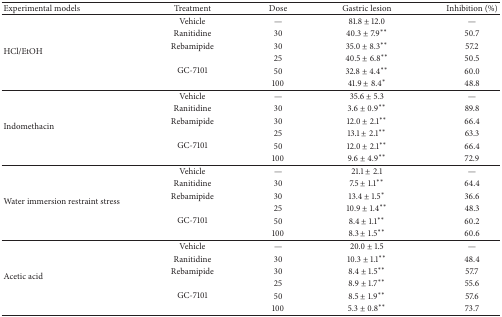
<table><thead><tr><td><b>Experimental models</b></td><td><b>Treatment</b></td><td><b>Dose</b></td><td><b>Gastric lesion</b></td><td><b>Inhibition (%)</b></td></tr></thead><tbody><tr><td rowspan="6">HCl/EtOH</td><td>Vehicle</td><td>—</td><td>81.8 ± 12.0</td><td>—</td></tr><tr><td>Ranitidine</td><td>30</td><td>40.3 ± 7.9<sup>**</sup></td><td>50.7</td></tr><tr><td>Rebamipide</td><td>30</td><td>35.0 ± 8.3<sup>**</sup></td><td>57.2</td></tr><tr><td rowspan="3">GC-7101</td><td>25</td><td>40.5 ± 6.8<sup>**</sup></td><td>50.5</td></tr><tr><td>50</td><td>32.8 ± 4.4<sup>**</sup></td><td>60.0</td></tr><tr><td>100</td><td>41.9 ± 8.4<sup>*</sup></td><td>48.8</td></tr><tr><td rowspan="6">Indomethacin</td><td>Vehicle</td><td>—</td><td>35.6 ± 5.3</td><td>—</td></tr><tr><td>Ranitidine</td><td>30</td><td>3.6 ± 0.9<sup>**</sup></td><td>89.8</td></tr><tr><td>Rebamipide</td><td>30</td><td>12.0 ± 2.1<sup>**</sup></td><td>66.4</td></tr><tr><td rowspan="3">GC-7101</td><td>25</td><td>13.1 ± 2.1<sup>**</sup></td><td>63.3</td></tr><tr><td>50</td><td>12.0 ± 2.1<sup>**</sup></td><td>66.4</td></tr><tr><td>100</td><td>9.6 ± 4.9<sup>**</sup></td><td>72.9</td></tr><tr><td rowspan="6">Water immersion restraint stress</td><td>Vehicle</td><td>—</td><td>21.1 ± 2.1</td><td>—</td></tr><tr><td>Ranitidine</td><td>30</td><td>7.5 ± 1.1<sup>**</sup></td><td>64.4</td></tr><tr><td>Rebamipide</td><td>30</td><td>13.4 ± 1.5<sup>*</sup></td><td>36.6</td></tr><tr><td rowspan="3">GC-7101</td><td>25</td><td>10.9 ± 1.4<sup>**</sup></td><td>48.3</td></tr><tr><td>50</td><td>8.4 ± 1.1<sup>**</sup></td><td>60.2</td></tr><tr><td>100</td><td>8.3 ± 1.5<sup>**</sup></td><td>60.6</td></tr><tr><td rowspan="6">Acetic acid</td><td>Vehicle</td><td>—</td><td>20.0 ± 1.5</td><td>—</td></tr><tr><td>Ranitidine</td><td>30</td><td>10.3 ± 1.1<sup>**</sup></td><td>48.4</td></tr><tr><td>Rebamipide</td><td>30</td><td>8.4 ± 1.5<sup>**</sup></td><td>57.7</td></tr><tr><td rowspan="3">GC-7101</td><td>25</td><td>8.9 ± 1.7<sup>**</sup></td><td>55.6</td></tr><tr><td>50</td><td>8.5 ± 1.9<sup>**</sup></td><td>57.6</td></tr><tr><td>100</td><td>5.3 ± 0.8<sup>**</sup></td><td>73.7</td></tr></tbody></table>